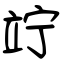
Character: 竚